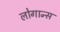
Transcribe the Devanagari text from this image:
लोगान्स